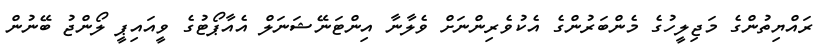
ރައްޔިތުންގެ މަޖިލީހުގެ މެންބަރުންގެ އެކުވެރިންނަށް ވެލާނާ އިންޓަނޭޝަނަލް އެއާޕޯޓުގެ ވީއައިޕީ ލޯންޖު ބޭނުން